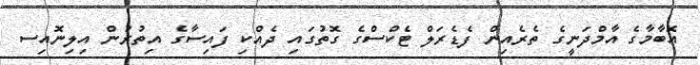
އޮބާމާގެ އާމްދަނީގެ ތެރެއިން ފެޑެރަލް ޓެކްސްގެ ގޮތުގައި ދެއްކި ފައިސާގެ އިތުރުން އިލިނޮއިސ